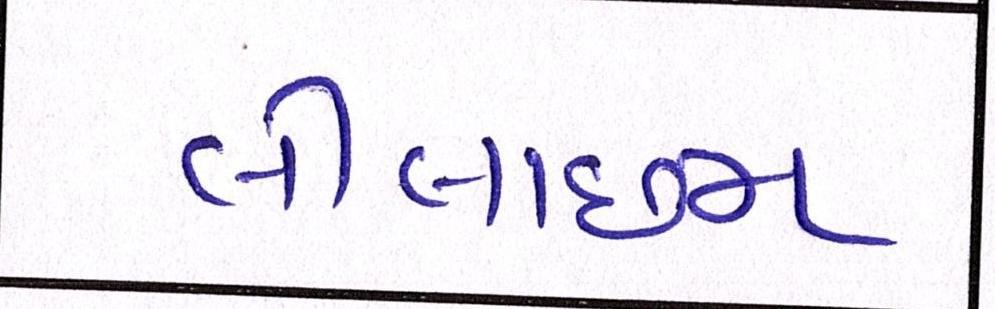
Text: લીલાછમ